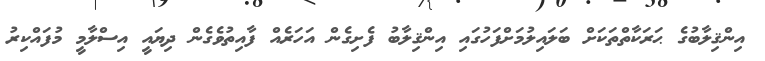
އިންޤިލާބުގެ ޙަރަކާތްތަކަށް ބަލައިލުމަށްފަހުގައި އިންޤިލާބު ފެށިގެން އަހަރެއް ފާއިތުވެގެން ދިޔައީ އިސްލާމީ މުފައްކިރު